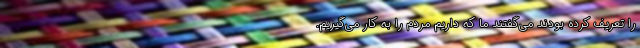
را تعریف کرده بودند می‌گفتند ما که داریم مردم را به کار می‌گیریم.